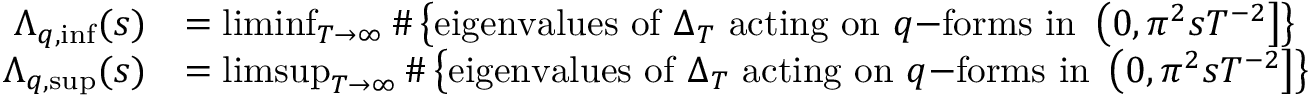
\begin{array} { r l } { \Lambda _ { q , \operatorname* { i n f } } ( s ) } & { = \operatorname* { l i m i n f } _ { T \rightarrow \infty } \# \left\{ \mathrm { e i g e n v a l u e s ~ o f } ~ \Delta _ { T } ~ \mathrm { a c t i n g ~ o n } ~ q \mathrm { - f o r m s ~ i n } ~ \left( 0 , \pi ^ { 2 } s T ^ { - 2 } \right] \right\} } \\ { \Lambda _ { q , \operatorname* { s u p } } ( s ) } & { = \operatorname* { l i m s u p } _ { T \rightarrow \infty } \# \left\{ \mathrm { e i g e n v a l u e s ~ o f } ~ \Delta _ { T } ~ \mathrm { a c t i n g ~ o n } ~ q \mathrm { - f o r m s ~ i n } ~ \left( 0 , \pi ^ { 2 } s T ^ { - 2 } \right] \right\} } \end{array}